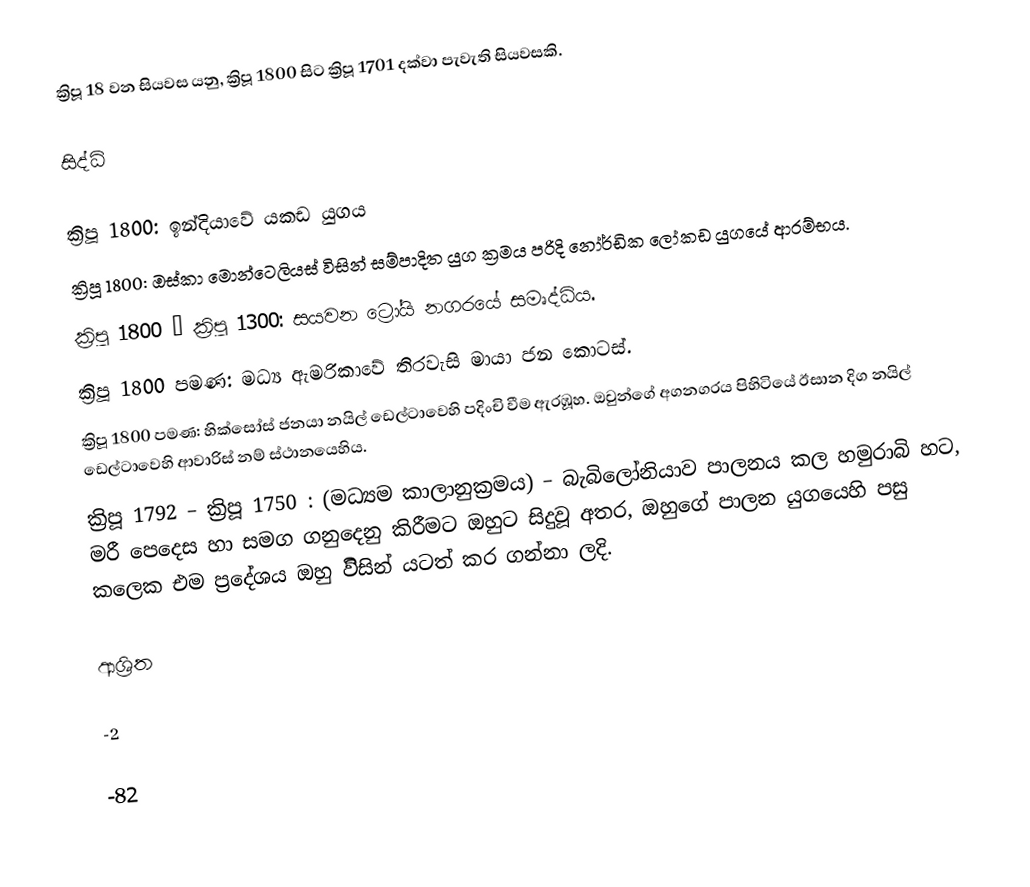
ක්‍රිපූ 18 වන සියවස යනු,  ක්‍රිපූ 1800 සිට ක්‍රිපූ 1701 දක්වා පැවැති සියවසකි.

සිද්ධි

ක්‍රිපූ 1800:  ඉන්දියාවේ යකඩ යුගය
ක්‍රිපූ 1800: ඔස්කා මොන්ටෙලියස් විසින් සම්පාදිත යුග ක්‍රමය පරිදි  නෝර්ඩික ලෝකඩ යුගයේ ආරම්භය.
ක්‍රිපූ 1800 – ක්‍රිපූ 1300: සයවන ට්‍රෝයි නගරයේ සමෘද්ධිය.
 ක්‍රිපූ 1800 පමණ: මධ්‍ය ඇමරිකාවේ තිරවැසි මායා ජන කොටස්.
 ක්‍රිපූ 1800 පමණ: හික්සෝස් ජනයා නයිල් ඩෙල්ටාවෙහි පදිංචි වීම ඇරඹූහ. ඔවුන්ගේ අගනගරය පිහිටියේ ඊසාන දිග නයිල් ඩෙල්ටාවෙහි ආවාරිස් නම් ස්ථානයෙහිය.
ක්‍රිපූ 1792 – ක්‍රිපූ 1750 : (මධ්‍යම කාලානුක්‍රමය) –  බැබිලෝනියාව පාලනය කල හමුරාබි හට, මරී පෙදෙස හා සමග ගනුදෙනු කිරීමට ඔහුට සිදුවූ අතර, ඔහුගේ පාලන යුගයෙහි පසු කලෙක එම ප්‍රදේශය ඔහු විිසින් යටත් කර ගන්නා ලදි.

ආශ්‍රිත

-2

-82